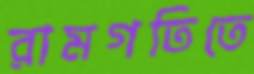
রামগতিতে